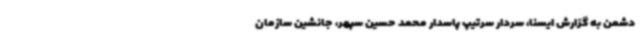
دشمن به گزارش ایسنا، سردار سرتیپ پاسدار محمد حسین سپهر، جانشین سازمان